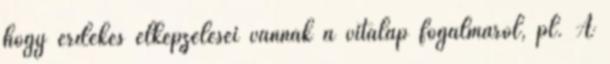
hogy érdekes elképzelései vannak a vitalap fogalmáról, pl. A